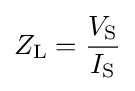
Z_{\text{L}}={\frac {V_{\text{S}}}{I_{\text{S}}}}